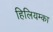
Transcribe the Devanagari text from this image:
हिलियम्का